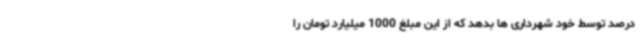
درصد توسط خود شهرداری ها بدهد که از این مبلغ 1000 میلیارد تومان را